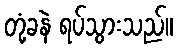
တုံ့ခနဲ ရပ်သွားသည်။